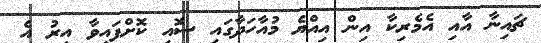
ޗައިނާ އާއި އެމެރިކާ އިން އިއްޔެ މުއާހަދާގައި ސޮއި ކޮށްފައިވާ އިރު އެ